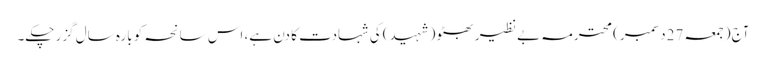
آج (جمعہ 27دسمبر) محترمہ بے نظیر بھٹو (شہید) کی شہادت کا دن ہے، اس سانحہ کو بارہ سال گزر چکے۔